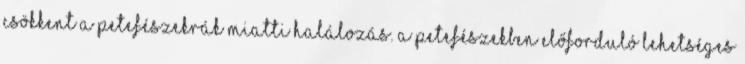
csökkent a petefészekrák miatti halálozás. A petefészekben előforduló lehetséges